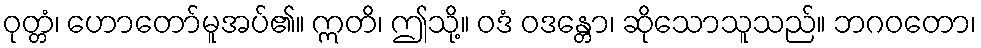
ဝုတ္တံ၊ ဟောတော်မူအပ်၏။ ဣတိ၊ ဤသို့။ ဝဒံ ဝဒန္တော၊ ဆိုသောသူသည်။ ဘဂဝတော၊